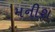
મનીશ